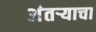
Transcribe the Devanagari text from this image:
अंतऱ्याचा